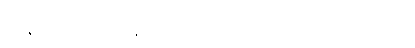
အာဇာနာမိ၊ သိ၏။ ဘန္တေ၊ မြတ်စွာဘုရား။ ဣဓ၊ ဤသာသနာတော်၌။ ဘိက္ခု၊